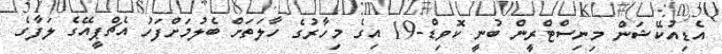
އެޑިއުކޭޝަން މިނިސްޓްރީން ބުނީ ކޮވިޑް-19 އިގެ މިހާރުގެ ހާލަތަށް ބެލުމަށްފަހު އެޗްޕީއޭގެ ލަފާގެ